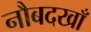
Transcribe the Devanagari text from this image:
नौबदखाँ